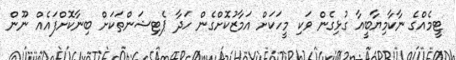
ޓީމެއްގެ ނާކާމިޔާބީއާ ގުޅިގެން ވަކި މީހަކަށް އަމާޒުކޮށްގެން ހަދާ ޕެޓިޝަންތަކަށް ބިނާކޮށްފައެއް ނޫން